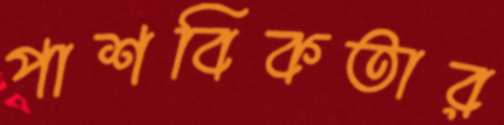
পাশবিকতার